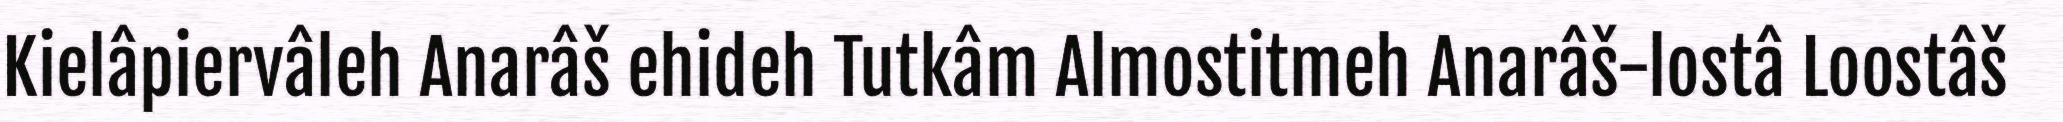
Kielâpiervâleh Anarâš ehideh Tutkâm Almostitmeh Anarâš-lostâ Loostâš